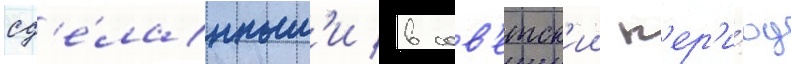
сд'е́ланным'и в сов'етск'ии п'ер'и́од